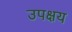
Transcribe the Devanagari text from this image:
उपक्षय